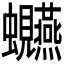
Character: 𫋩